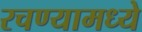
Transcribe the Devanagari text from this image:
रचण्यामध्ये